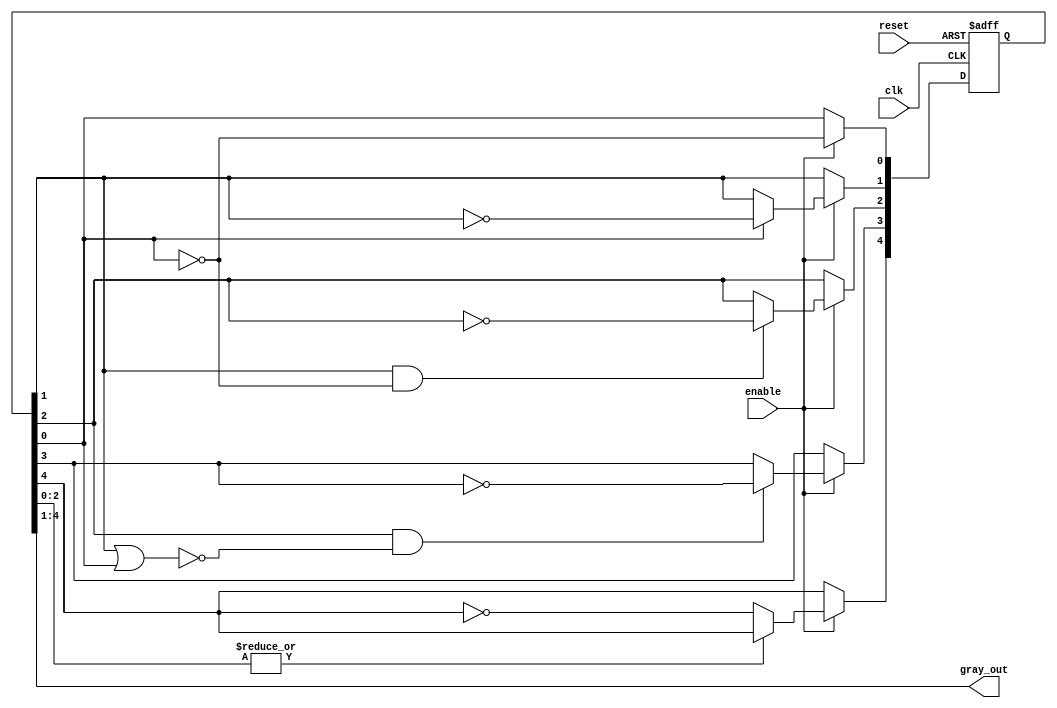
module gray_Nbits (clk, reset, enable, gray_out);

parameter N = 4;
parameter SIZE =(N+1);
parameter Zeros = {N{1'b0}};

integer i, j;
// Place the definition of wires and regs here
input wire clk, reset, enable;
output wire [N-1:0]gray_out;

reg [N:0]toggle;
reg prev;
reg [SIZE-1:0]state;

wire [SIZE-1:0]gray_out_aux;

assign gray_out = gray_out_aux[SIZE-1:1];
assign gray_out_aux = state;

// The state of the Gray counter
always @(posedge clk or posedge reset) begin
	if (reset == 1'b1) begin
		state <= {Zeros,1};
	end
	else begin
		if (enable == 1) begin
			state[0] <= ~gray_out_aux[0];
			for (i=1; i<=N; i=i+1) begin
				if (toggle[i] == 1'b1) begin
					state[i] <= ~gray_out_aux[i];
				end
			end
		end
	end
end

// The combinational logic produces the toggle[N:0] signals
always @ (*) begin
	toggle[0] =  1'b1;
	toggle[1] = state[0];	//checks aux bit
	for (i=2; i<N; i=i+1) begin
		prev = state[i-2];
		for (j = i-3; j >= 0; j = j-1) begin
			prev = prev | state[j];
		end
		toggle[i] = state[i-1] & (~prev);
	end
	toggle[N] = ~(|state[N-2:0]);
end

endmodule